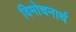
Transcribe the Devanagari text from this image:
विमोचनार्थ